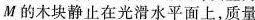
M的木块静止在光滑水平面上，质量